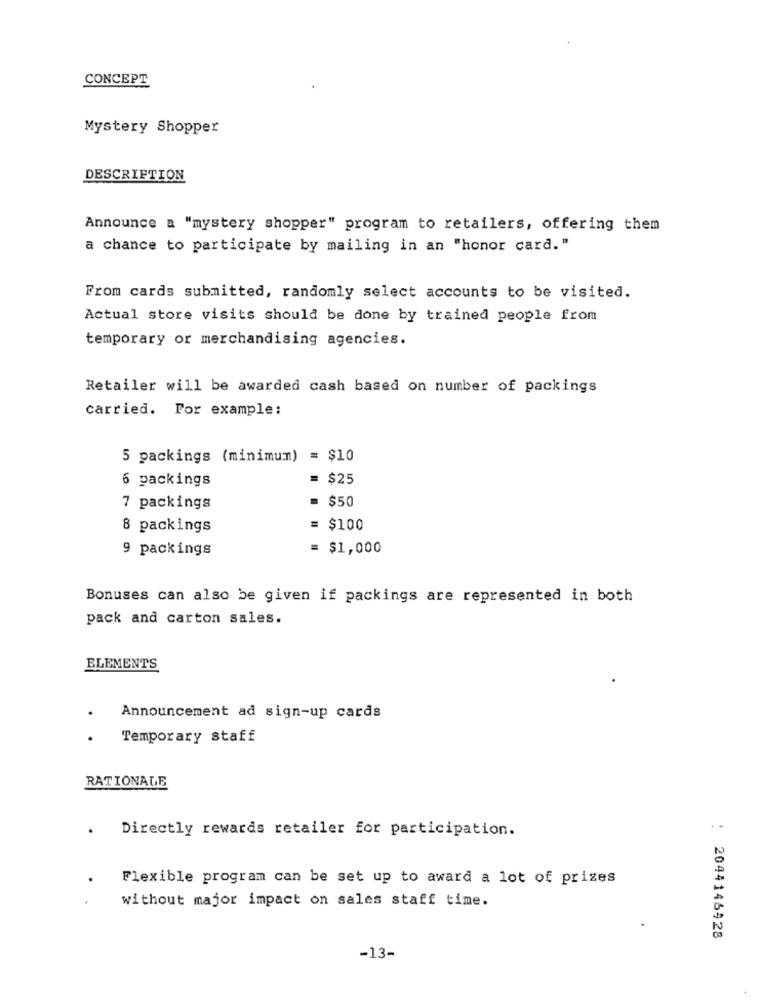
CONCEPT
Mystery Shopper
DESCRIPTION
Announce a "mystery shopper" program to retailers, offering them
a chance to participate by mailing in an "honor card."
From cards submitted, randomly select accounts to be visited.
Actual store visits should be done by trained people from
temporary or merchandising agencies.
Retailer will be awarded cash based on number of packings
carried. For example:
5 packings (minimum) = $10
6 packings
= $25
= $50
7 packings
8 packings
= $100
9 packings
$1,000
Bonuses can also be given if packings are represented in both
pack and carton sales.
ELEMENTS
Announcement ad sign-up cards
.
Temporary staff
RATIONALE
Directly rewards retailer for participation.
Flexible program can be set up to award a lot of prizes
without major impact on sales staff time.
2044146428
-13-